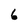
Character: 6